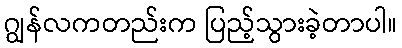
ဂျွန်လကတည်းက ပြည့်သွားခဲ့တာပါ။